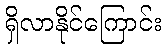
ရှိလာနိုင်ကြောင်း